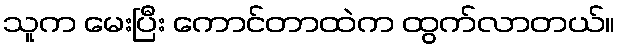
သူက မေးပြီး ကောင်တာထဲက ထွက်လာတယ်။